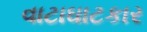
વાટાઘાટકાર